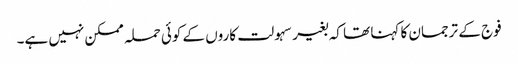
فوج کے ترجمان کا کہنا تھا کہ بغیر سہولت کاروں کے کوئی حملہ ممکن نہیں ہے۔